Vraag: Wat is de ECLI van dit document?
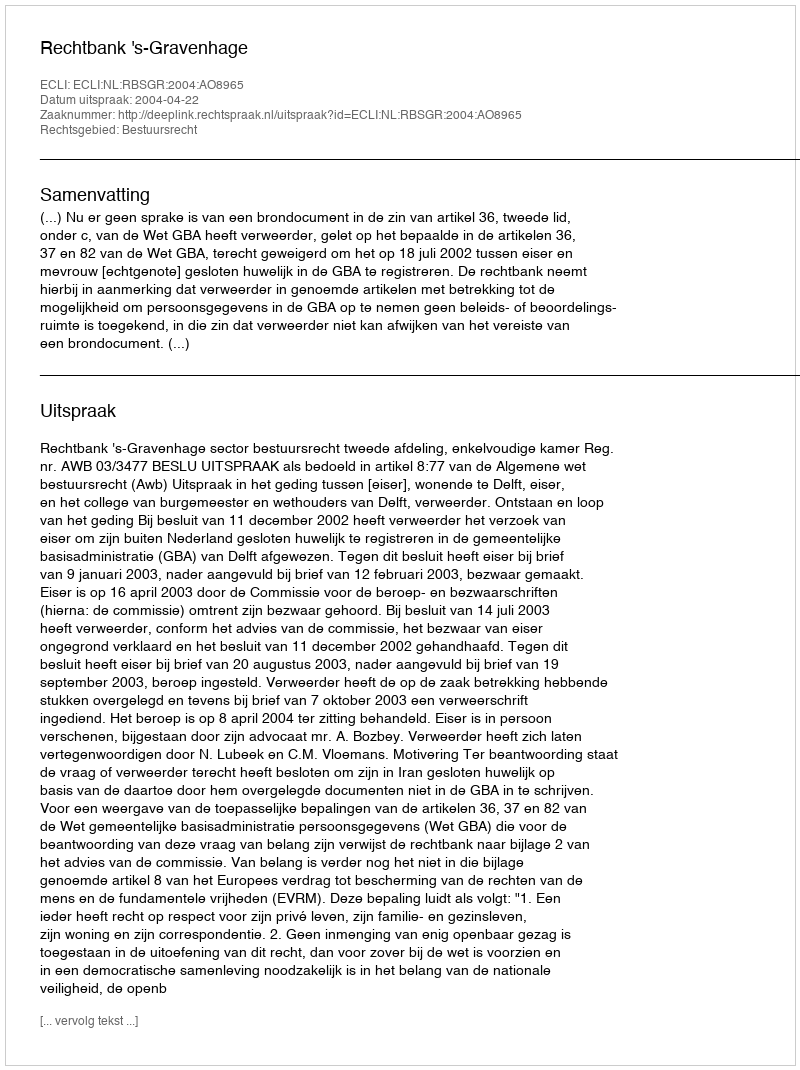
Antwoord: ECLI:NL:RBSGR:2004:AO8965